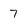
Character: 7